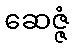
ဆေဇ္ဇံ